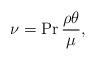
LaTeX: \begin{align*} \nu = \Pr \frac{\rho \theta}{\mu}, \end{align*}